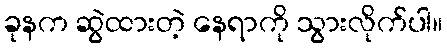
ခုနက ဆွဲထားတဲ့ နေရာကို သွားလိုက်ပါ။